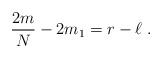
\begin{align*}{2m\over N} - 2m_1 =r-\ell \;.\end{align*}